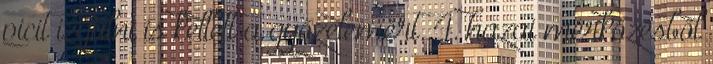
picit izgulni is kellett a győzelemért. 4. hazai mérkőzésből